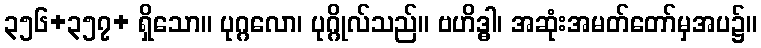
၃၅၆+၃၅၇+ ရှိသော။ ပုဂ္ဂလော၊ ပုဂ္ဂိုလ်သည်။ ဗဟိဒ္ဓါ၊ အဆုံးအမတ်တော်မှအပ၌။